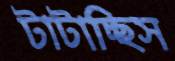
টাটাচ্ছিস